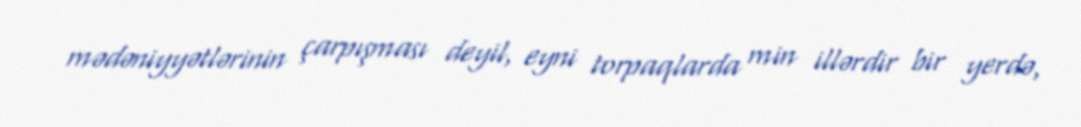
mədəniyyətlərinin çarpışması deyil, eyni torpaqlarda min illərdir bir yerdə,